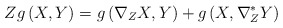
\begin{align*}Zg\left( X,Y\right) =g\left( \nabla _{Z}X,Y\right) +g\left( X,\nabla_{Z}^{\ast }Y\right) \end{align*}